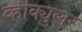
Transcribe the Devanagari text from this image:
व्हीक्युलर